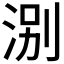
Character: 𪶃